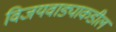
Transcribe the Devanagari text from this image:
विजयवाड्याकडील